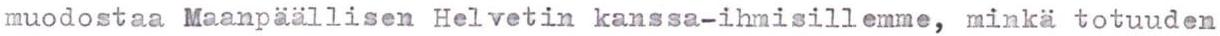
muodostaa Maanpäällisen Helvetin kanssa-ihmisillemme, minkä totuuden